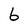
Character: 6